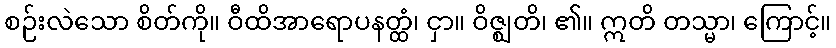
စဉ်းလဲသော စိတ်ကို။ ဝီထိအာရောပနတ္ထံ၊ ငှာ။ ဝိဇ္ဈတိ၊ ၏။ ဣတိ တသ္မာ၊ ကြောင့်။